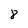
Character: 8